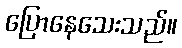
ပြောနေသေးသည်။